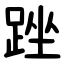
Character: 䟶